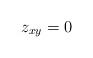
LaTeX: \begin{align*}z_{xy}=0 \end{align*}